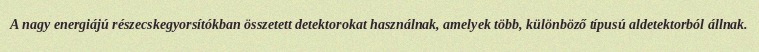
A nagy energiájú részecskegyorsítókban összetett detektorokat használnak, amelyek több, különböző típusú aldetektorból állnak.